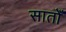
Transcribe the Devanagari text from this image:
सातोँ